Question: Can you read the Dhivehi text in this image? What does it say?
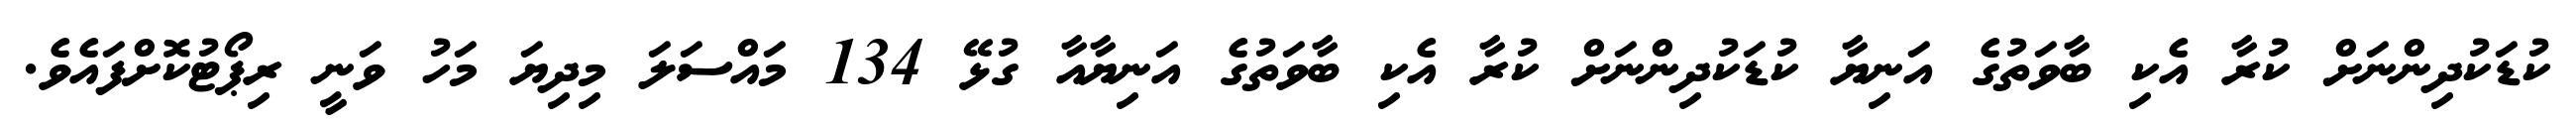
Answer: ކުޑަކުދިންނަށް ކުރާ އެކި ބާވަތުގެ އަނިޔާ ކުޑަކުދިންނަށް ކުރާ އެކި ބާވަތުގެ އަނިޔާއާ ގުޅޭ 134 މައްސަލަ މިދިޔަ މަހު ވަނީ ރިޕޯޓުކޮށްފައެވެ.